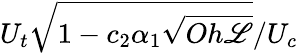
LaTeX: U_{t}\sqrt{1-c_{2}\alpha_{1}\sqrt{Oh{\mathscr{L}}}}/U_{c}